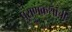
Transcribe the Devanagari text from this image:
पुराणकथांची